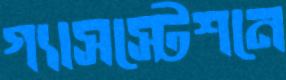
গ্যাসস্টেশনে